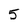
Character: 5